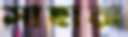
সাহারা